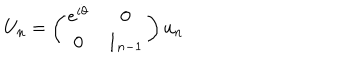
U _ { n } = \left( \begin{array} { c c } { { e ^ { i \theta } } } & { { 0 } } \\ { { 0 } } & { { 1 _ { n - 1 } } } \\ \end{array} \right) u _ { n }